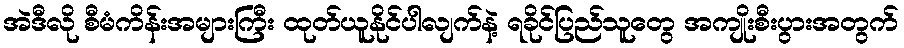
အဲဒီလို စီမံကိန်းအများကြီး ထုတ်ယူနိုင်ပါလျက်နဲ့ ရခိုင်ပြည်သူတွေ အကျိုးစီးပွားအတွက်